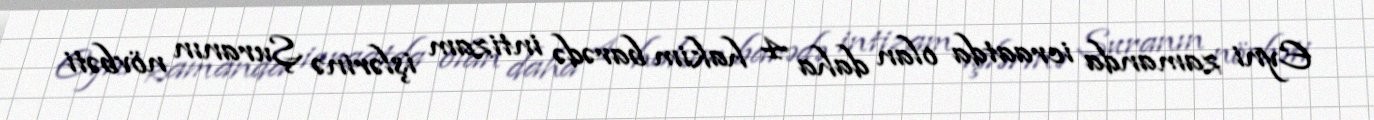
Eyni zamanda icraatda olan daha 4 hakim barədə intizam işlərinə Şuranın növbəti